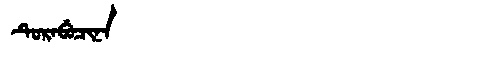
Manchu: ᡨᡠᡵᠠᠪᡠᠴᡳᠨᠠ
Romanization: TURABUCINA